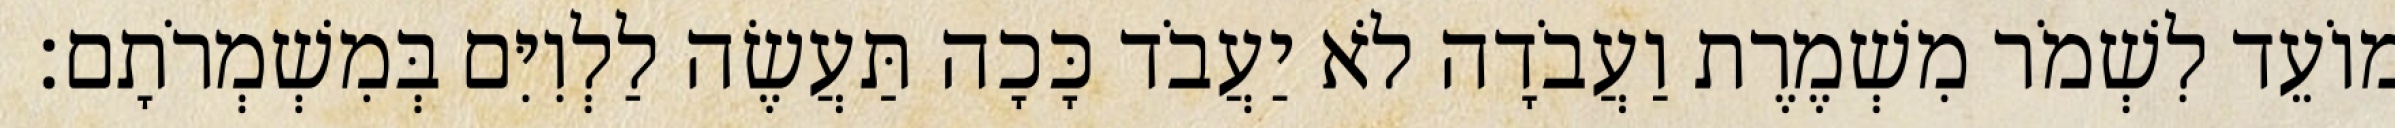
מוֹעֵד לִשְׁמֹר מִשְׁמֶרֶת וַעֲבֹדָה לֹא יַעֲבֹד כָּכָה תַּעֲשֶׂה לַלְוִיִּם בְּמִשְׁמְרֹתָם׃